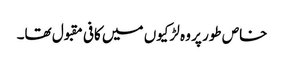
خاص طور پر وہ لڑکیوں میں کافی مقبول تھا۔